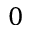
0